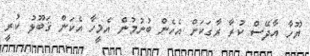
ޔޫހާ އާދޭސް ކުރާ ރާގަކަށް އެހެން ބުނުމުން އެމީހާ އެކަން ޤަބޫލު ކުރީ